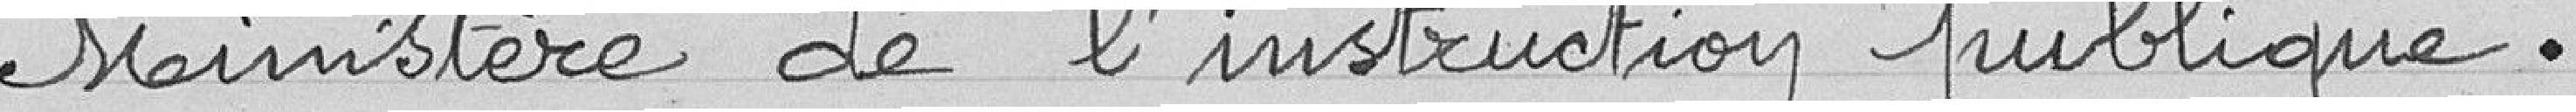
Ministère de l'instruction publique.